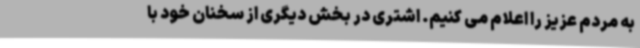
به مردم عزیز را اعلام می کنیم. اشتری در بخش دیگری از سخنان خود با